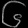
Digit: ၆